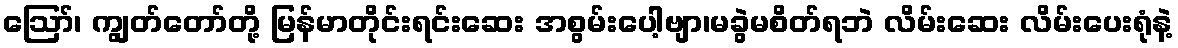
ဪ၊ ကျွတ်တော်တို့ မြန်မာတိုင်းရင်းဆေး အစွမ်းပေါ့ဗျာ၊မခွဲမစိတ်ရဘဲ လိမ်းဆေး လိမ်းပေးရုံနဲ့